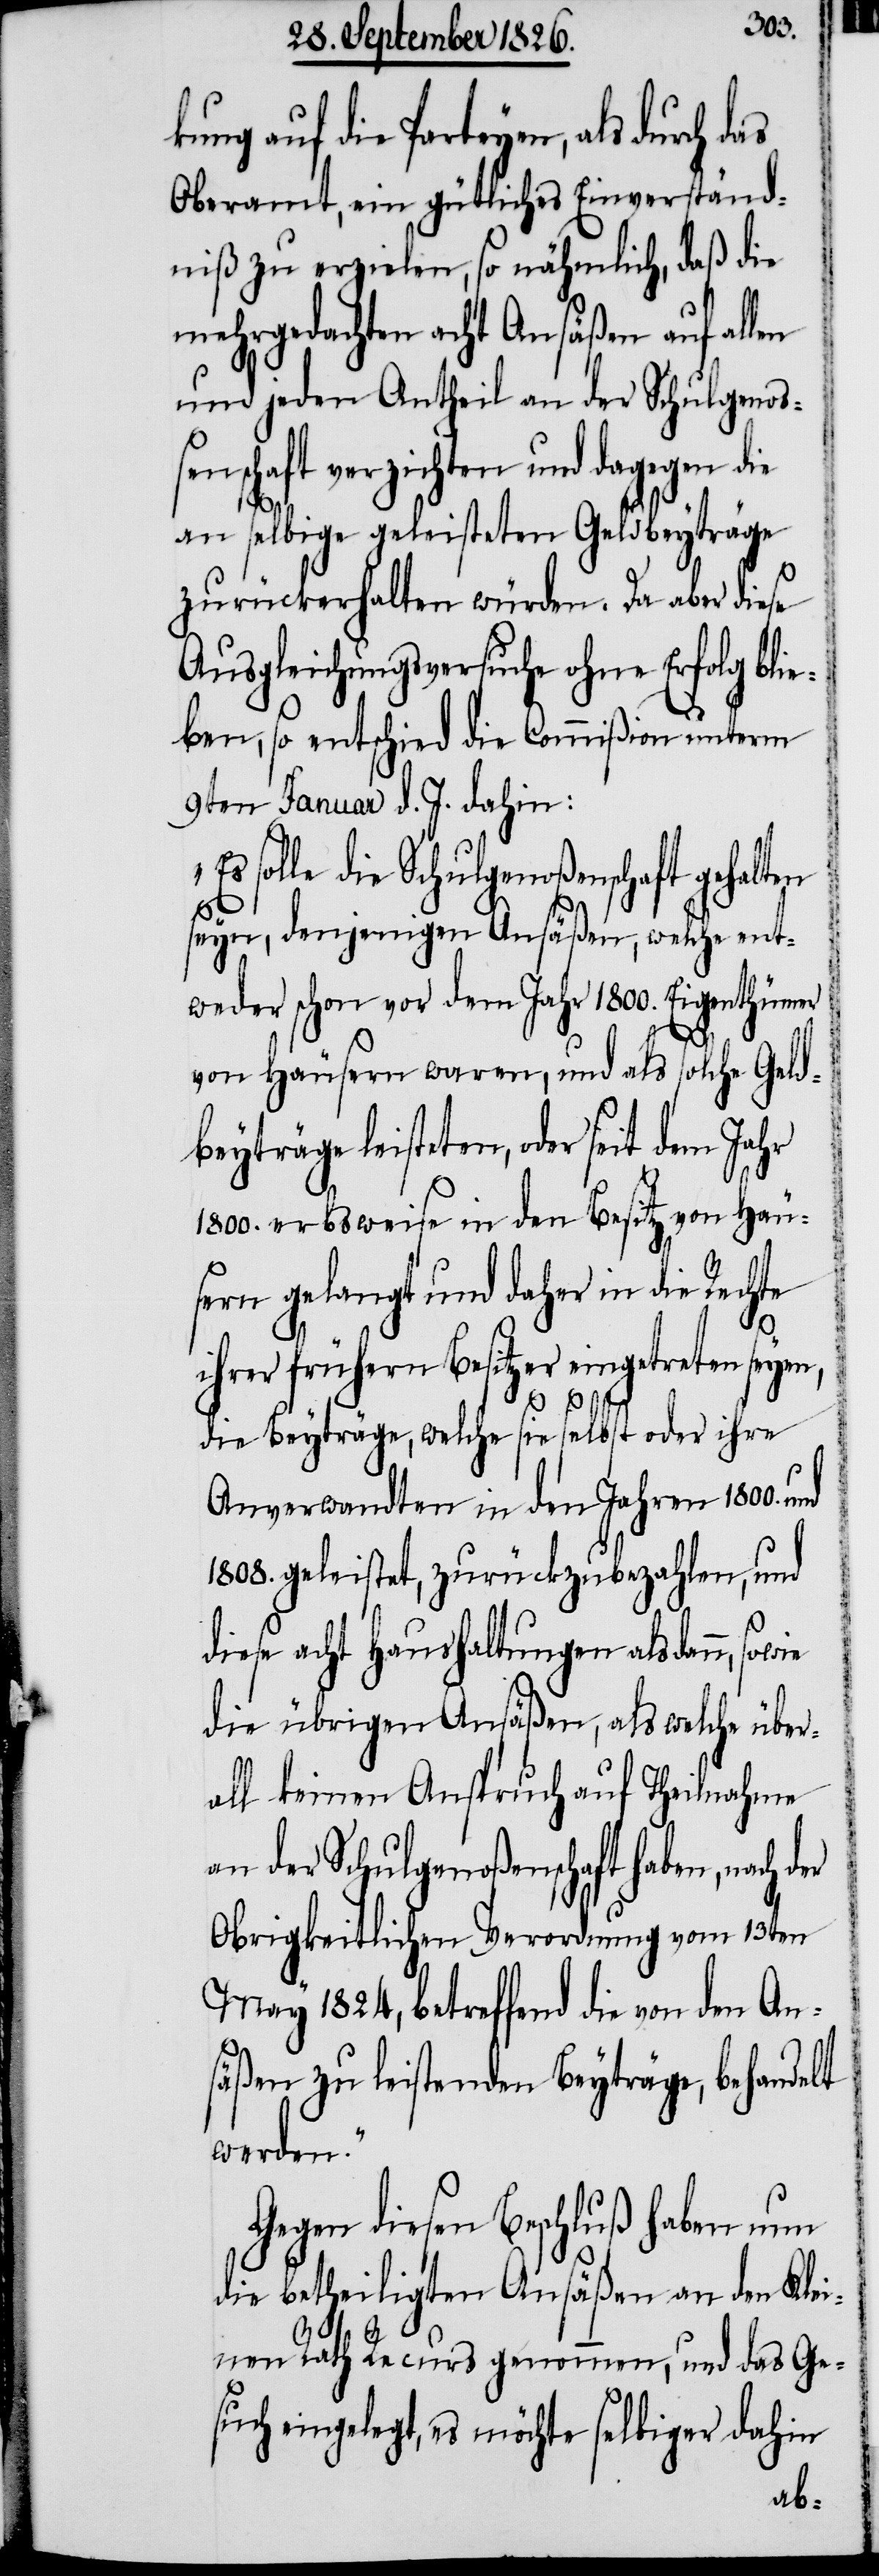
kung auf die Parteyen, als durch d¬
Oberamt, ein gütliches Einverständ¬
niß zu erzielen, so nähmlich, daß die
mehrgedachten acht Ansäßen auf allen
und jenen Antheil an der Schulgenoß¬
enschaft verzichten und dagegen die
an selbige geleisteten Geldbeyträge
zurückerhalten würden. Da aber diese
Ausgleichungsversuche ohne Erfolg bli¬
eben, so entschied die Commißion unterm
9ten Januar d. J. dahin:
solle die Schulgenoßenschaft gehalten
seyn, denjenigen Ansäßen, welche ent¬
weder schon vor dem Jahr 1800. Eigenthümer
von Häusern waren, und als solche Geld¬
beyträge leisteten, oder seit dem Jahr
1800. erbsweise in den Besitz von Häu¬
sern gelangt und daher in die Rechte
ihrer frühern Besitzer eingetreten seyen,
as
die Beyträge, welche sie selbst oder ihre
Anverwandten in den Jahren 1800. und
1808. geleistet, zurückzubezahlen, und
diese acht Haushaltungen alsdann, sowie
die übrigen Ansäßen, als welche über¬
all keinen Anspruch auf Theilnahme
an der Schulgenoßenschaft haben, nach
Obrigkeitlichen Verordnung vom 13ten
May 1824, betreffend die von den An¬
säßen zu leistenden Beyträge, behandelt
werden.“
Gegen diesen Beschluß haben nun
die betheiligten Ansäßen an den Klei¬
nen Rath Recurs genommen, und das Ge¬
such eingelegt, es möchte selbiger dahin